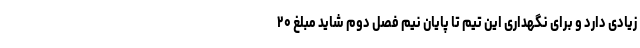
زیادی دارد و برای نگهداری این تیم تا پایان نیم فصل دوم شاید مبلغ ۲۰